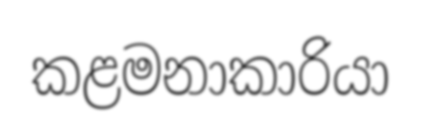
කළමනාකාරියා